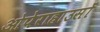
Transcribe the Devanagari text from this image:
ओपेराहाउसों